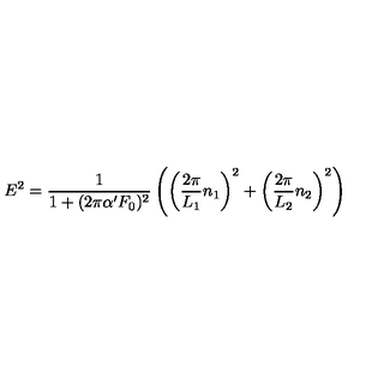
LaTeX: E ^ { 2 } = \frac { 1 } { 1 + ( 2 \pi \alpha ^ { \prime } F _ { 0 } ) ^ { 2 } } \left( \left( \frac { 2 \pi } { L _ { 1 } } n _ { 1 } \right) ^ { 2 } + \left( \frac { 2 \pi } { L _ { 2 } } n _ { 2 } \right) ^ { 2 } \right)